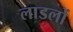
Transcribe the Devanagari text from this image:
लाडलों